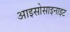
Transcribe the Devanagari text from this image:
आइसोसाइनाइट